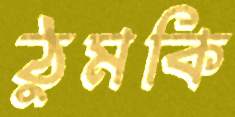
ঠুমকি